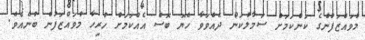
މުވައްޒަފުންގެ ކަންކަމަށް ސަމާލުކަން ދެއްވަވާ ހެޔޮ ބޮސް އެއްކަމަށް ހުރިހާ މުވައްޒަފުން ބުނެއެވެ.